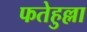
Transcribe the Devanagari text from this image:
फतेहुल्ला